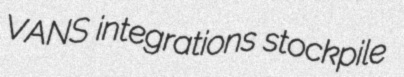
VANS integrations stockpile